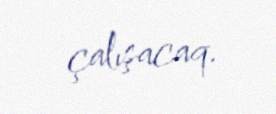
çalışacaq.